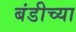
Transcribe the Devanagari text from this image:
बंडीच्या